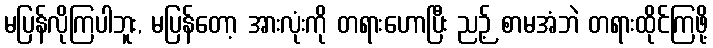
မပြန်လိုကြပါဘူး, မပြန်တော့ အားလုံးကို တရားဟောပြီး ညဉ့် စာမအံဘဲ တရားထိုင်ကြဖို့